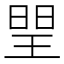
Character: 𤦉